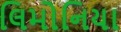
લિમોનિયા